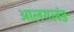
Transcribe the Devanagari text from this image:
आलगलंड